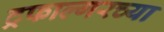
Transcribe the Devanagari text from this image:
ट्रफाल्गरच्या